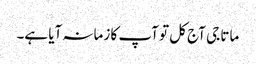
ماتا جی آج کل تو آپ کا زمانہ آیا ہے۔